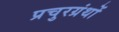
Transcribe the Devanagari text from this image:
प्रचुरग्रंथों